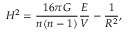
H ^ { 2 } = \frac { 1 6 \pi G } { n ( n - 1 ) } \frac { E } { V } - \frac { 1 } { R ^ { 2 } } ,